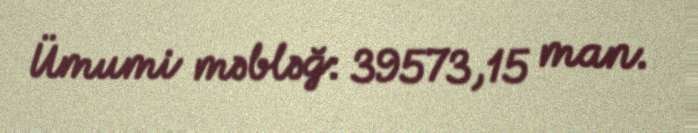
Ümumi məbləğ: 39573,15 man.